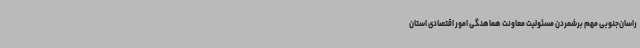
راسان‌جنوبی مهم برشمردن مسئولیت معاونت هماهنگی امور اقتصادی استان